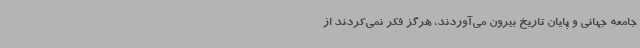
جامعه جهانی و پایان تاریخ بیرون می‌آوردند،‌ هرگز فکر نمی‌کردند از